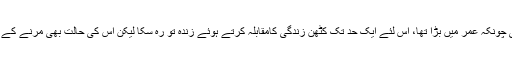
اس سے بڑا بھائی چونکہ عمر میں بڑا تھا، اس لئے ایک حد تک کٹھن زندگی کامقابلہ کرتے ہوئے زندہ تو رہ سکا لیکن اس کی حالت بھی مرنے کے قریب لگتی تھی ۔